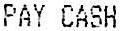
PAY CASH